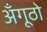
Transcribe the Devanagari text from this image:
अँगूठो